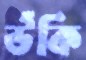
উঁকি